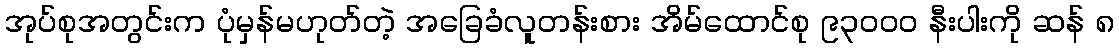
အုပ်စုအတွင်းက ပုံမှန်မဟုတ်တဲ့ အခြေခံလူတန်းစား အိမ်ထောင်စု ၉၃၀၀၀ နီးပါးကို ဆန် ၈